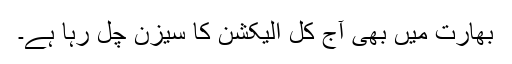
بھارت میں بھی آج کل الیکشن کا سیزن چل رہا ہے۔